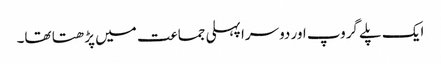
ایک پلے گروپ اور دوسرا پہلی جماعت میں پڑھتا تھا۔